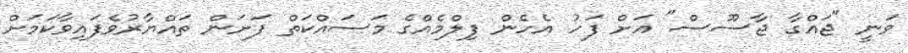
ވަނީ "ޖައްގާ ޖާސޫސް" އަށް ފަހު އެހެން ފިލްމެއްގެ މަސައްކަތް ފަށަން ތައްޔާރުވެފައިވާކަމަށް